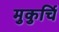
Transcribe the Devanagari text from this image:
मुकुर्चि